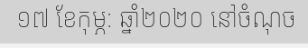
១៧ ខែកុម្ភ: ឆ្នាំ២០២០ នៅចំណុច